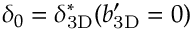
\delta _ { 0 } = \ensuremath { \delta _ { \mathrm { 3 D } } } ^ { * } ( \ensuremath { b _ { \mathrm { 3 D } } ^ { \prime } } = 0 )